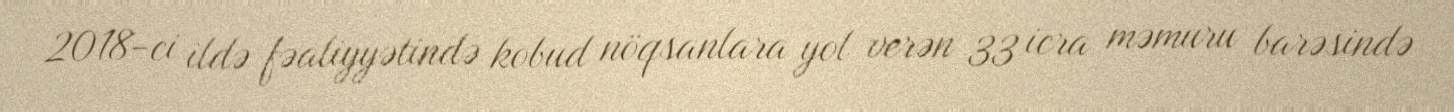
2018-ci ildə fəaliyyətində kobud nöqsanlara yol verən 33 icra məmuru barəsində